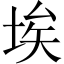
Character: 埃